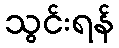
သွင်းရန်